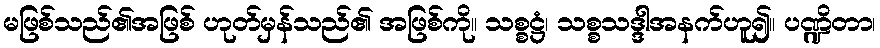
မဖြစ်သည်၏အဖြစ် ဟုတ်မှန်သည်၏ အဖြစ်ကို။ သစ္စဋ္ဌံ၊ သစ္စသဒ္ဒါအနက်ဟူ၍။ ပဏ္ဍိတာ၊